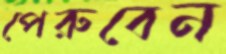
পেরুবেন